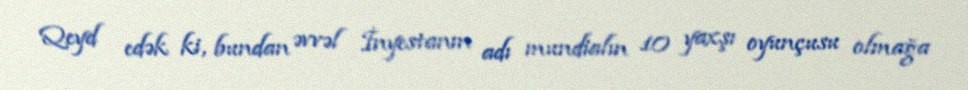
Qeyd edək ki, bundan əvvəl İnyestanın adı mundialın 10 yaxşı oyunçusu olmağa